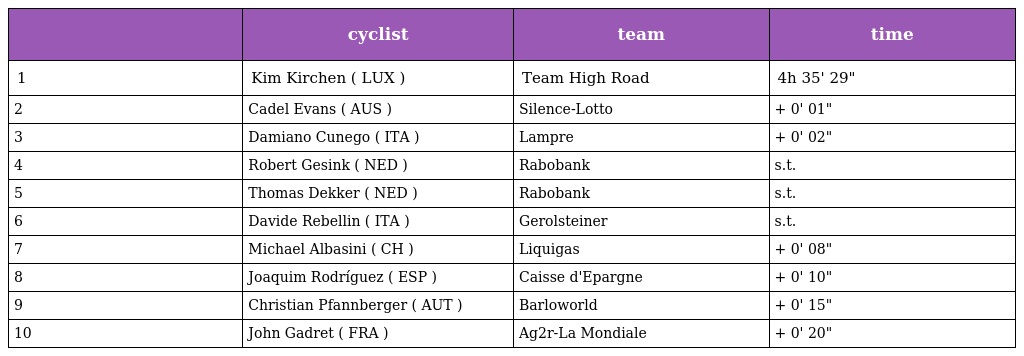
|  | cyclist | team | time |
 | --- | --- | --- | --- |
 | 1 | Kim Kirchen ( LUX ) | Team High Road | 4h 35' 29" |
 | 2 | Cadel Evans ( AUS ) | Silence-Lotto | + 0' 01" |
 | 3 | Damiano Cunego ( ITA ) | Lampre | + 0' 02" |
 | 4 | Robert Gesink ( NED ) | Rabobank | s.t. |
 | 5 | Thomas Dekker ( NED ) | Rabobank | s.t. |
 | 6 | Davide Rebellin ( ITA ) | Gerolsteiner | s.t. |
 | 7 | Michael Albasini ( CH ) | Liquigas | + 0' 08" |
 | 8 | Joaquim Rodríguez ( ESP ) | Caisse d'Epargne | + 0' 10" |
 | 9 | Christian Pfannberger ( AUT ) | Barloworld | + 0' 15" |
 | 10 | John Gadret ( FRA ) | Ag2r-La Mondiale | + 0' 20" |